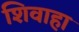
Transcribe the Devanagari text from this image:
शिवाहा